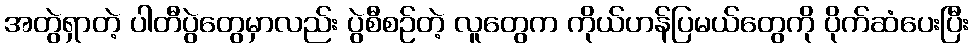
အတွဲရှာတဲ့ ပါတီပွဲတွေမှာလည်း ပွဲစီစဉ်တဲ့ လူတွေက ကိုယ်ဟန်ပြမယ်တွေကို ပိုက်ဆံပေးပြီး